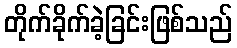
တိုက်ခိုက်ခဲ့ခြင်းဖြစ်သည်